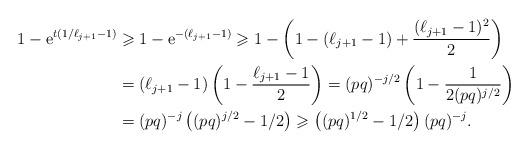
LaTeX: \begin{align*}1-\mathrm{e}^{t(1/\ell_{j+1}-1)}&\geqslant 1-\mathrm{e}^{-(\ell_{j+1}-1)}\geqslant 1-\left(1-(\ell_{j+1}-1)+\frac{(\ell_{j+1}-1)^2}{2}\right)\\&=(\ell_{j+1}-1)\left(1-\frac{\ell_{j+1}-1}{2}\right)=(pq)^{-j/2}\left(1-\frac{1}{2(pq)^{j/2}}\right)\\&=(pq)^{-j}\left((pq)^{j/2}-1/2\right)\geqslant \left((pq)^{1/2}-1/2\right)(pq)^{-j}.\end{align*}